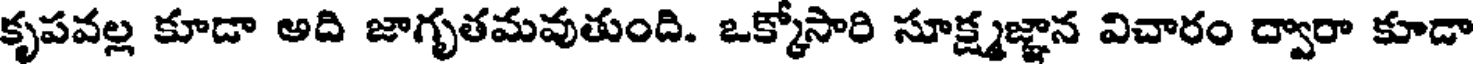
కృపవల్ల కూడా అది జాగృతమవుతుంది. ఒక్కోసారి సూక్ష్మజ్ఞాన విచారం ద్వారా కూడా